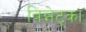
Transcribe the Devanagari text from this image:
विन्नेट्का